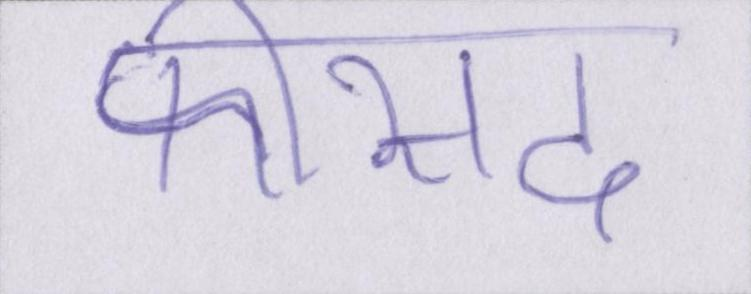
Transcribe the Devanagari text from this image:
फीसद